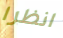
انظرا